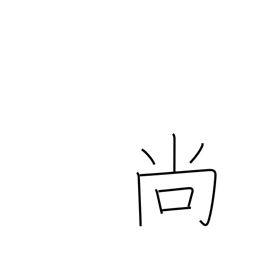
Meaning: furthermore